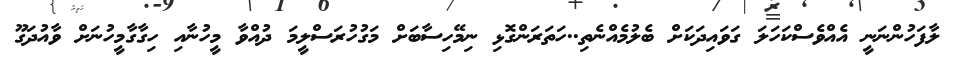
ލާފަހުންނަނީ އެއްވެސްކަހަލަ ގަވައިދަކަށް ބެލުމެއްނެތި..ހަތަރަންގޮޅި ނިމޭހިސާބަށް މަގުހުރަސްލީމަ ދުއްވާ މީހުނާއި ހިގާގާމީހުނަށް ވާއުދަގޫ